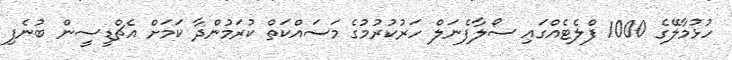
ހުޅުމާލޭގެ 1000 ފްލެޓެއްގައި ސޯލާފެނަލް ހަރުކުރުމުގެ މަސައްކަތް ކުރަމުންދާ ކަމަށް އެޗްޑީސީން ބުނެފި